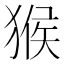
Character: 猴